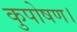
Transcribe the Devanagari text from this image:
कुपोषण।